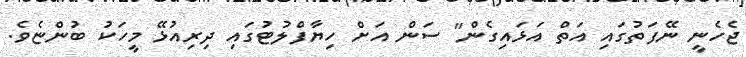
ޖެހެނީ ނޭފަތުގައި އަތް އަޅައިގެން" ސަން އަށް ހިޔާފްލުޓުގައި ދިރިއުޅޭ މީހަކު ބުންޏެވެ.